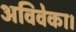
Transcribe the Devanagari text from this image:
अविवेका।